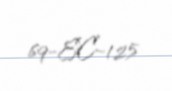
69-EC-125